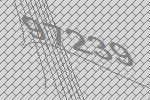
97239